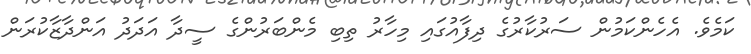
ކަމެވެ. އެހެންކަމުން ސަރުކާރުގެ ދިފާއުގައި މިހާރު ތިބި މެންބަރުންގެ ސީދާ އަދަދު އަންދާޒާކުރަން